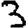
Digit: 3